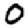
Digit: 0